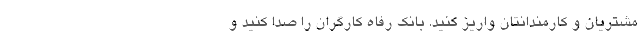
مشتریان و کارمندانتان واریز کنید. بانک رفاه کارگران را صدا کنید و